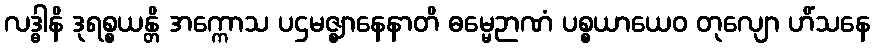
လဒ္ဓါနိ ဒုရစ္စယန္တိ အက္ကောသ ပဌမဇ္ဈာနေနာတိ ဓမ္မေဉာဏံ ပစ္စယာယေဝ တုလျော ဟိံသနေ